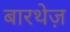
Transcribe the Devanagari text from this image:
बारथेज़